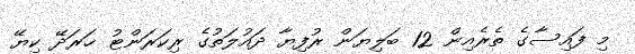
މި ފައިސާގެ ތެރެއިން 12 ބަލިޔަން ރުފިޔާ ދައުލަތުގެ ރިކަރަންޓު ޚަރަދޭ ކިޔޭ